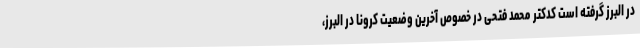
در البرز گرفته است کدکتر محمد فتحی در خصوص آخرین وضعیت کرونا در البرز،